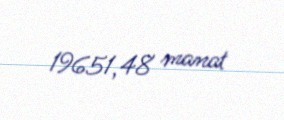
19651,48 manat